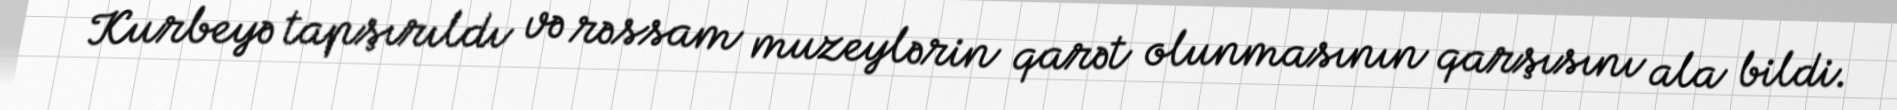
Kurbeyə tapşırıldı və rəssam muzeylərin qarət olunmasının qarşısını ala bildi.